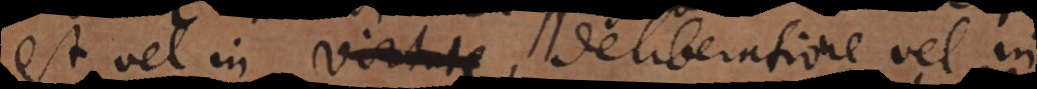
est vel in virtute deliberatione vel in